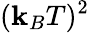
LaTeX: (\mathbf{k}_{B}T)^{2}